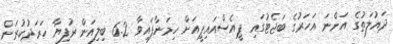
ދައުލަތުގެ އަންނަ އަހަރުގެ ބަޖެޓުގައި ޕީއެސްއައިޕީއަށް ހިމަނާފައިވާ 6.2 ބިލިއަން ރުފިޔާ ހަރަދުކުރަން